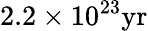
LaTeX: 2.2\times 10^{23}\mathrm{yr}